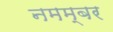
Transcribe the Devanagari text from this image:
नमम्बर